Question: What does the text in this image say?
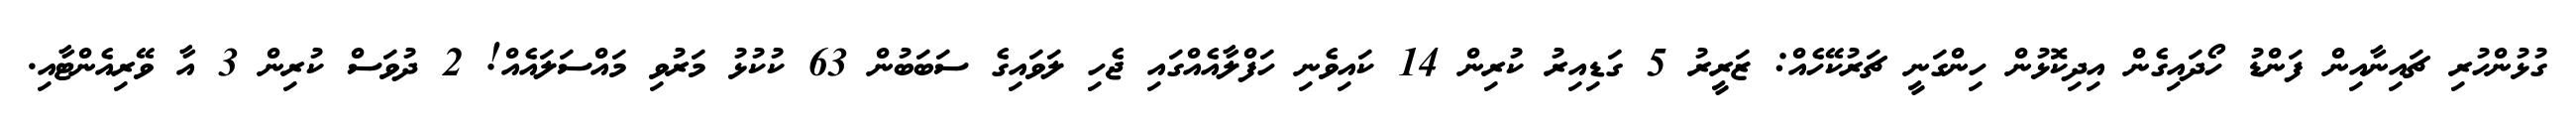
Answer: ގުޅުންހުރި ޗައިނާއިން ފަންޑު ހޯދައިގެން އިދިކޮޅުން ހިންގަނީ ޗަރުކޭހެއް: ޒަރީރު 5 ގަޑިއިރު ކުރިން 14 ކައިވެނި ހަފްލާއެއްގައި ޖެހި ލަވައިގެ ސަބަބުން 63 ކުކުޅު މަރުވި މައްސަލައެއް! 2 ދުވަސް ކުރިން 3 އާ ވޭރިއެންޓާއި.